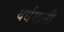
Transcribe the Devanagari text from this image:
वर्धमानी